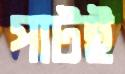
পাটই